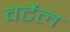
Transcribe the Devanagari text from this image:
वर्टेल